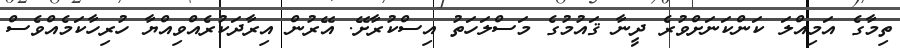
ތިމާގެ އަމިއްލަ ކަންކަނަށްވުރެ ދީނާ ޤައުމުގެ މަސްލަހަތު އިސްކުރާށޭ. އޭރުން އިރާދަކުރެއްވިއްޔާ ހުރިހާކަމެއްވެސް